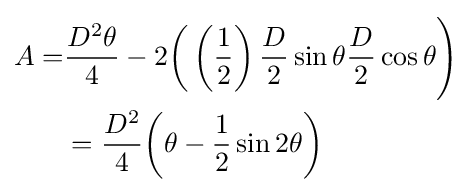
{\begin{aligned}A=&{{D^{2}\theta } \over {4}}-2{\biggl (}\left({\frac {1}{2}}\right){\frac {D}{2}}\sin \theta {\frac {D}{2}}\cos \theta {\Biggr )}\\&={\frac {D^{2}}{4}}{\biggl (}\theta -{\frac {1}{2}}\sin 2\theta {\biggr )}\\\end{aligned}}